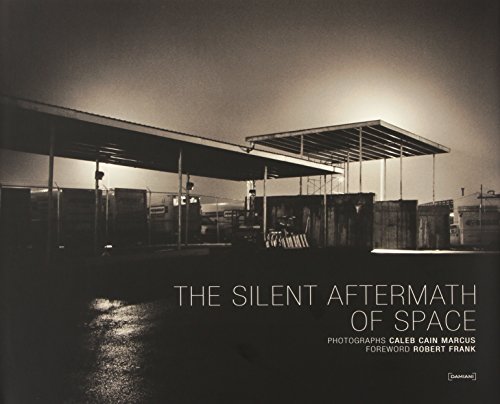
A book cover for Caleb Cain Marcus: The Silent Aftermath of Space; Arts & Photography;